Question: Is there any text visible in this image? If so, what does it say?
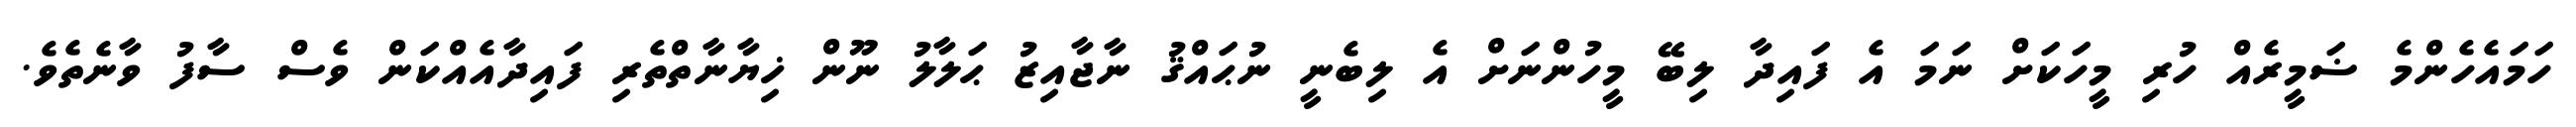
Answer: ހަމައެހެންމެ ޟަމީރެއް ހުރި މީހަކަށް ނަމަ އެ ފައިދާ ލިބޭ މީހުންނަށް އެ ލިބެނީ ނުޙައްޤު ނާޖާއިޒު ޙަލާލު ނޫން ޚިޔާނާތްތެރި ފައިދާއެއްކަން ވެސް ސާފު ވާނެތެވެ.